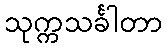
သုက္ကသင်္ခါတာ